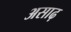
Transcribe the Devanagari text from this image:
असाढ़